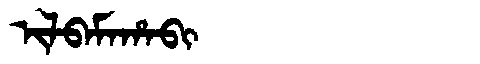
Manchu: ᡳᠯᠪᠠᠮᠠᡥᠠᠪᡳ
Romanization: ILBAMAHABI